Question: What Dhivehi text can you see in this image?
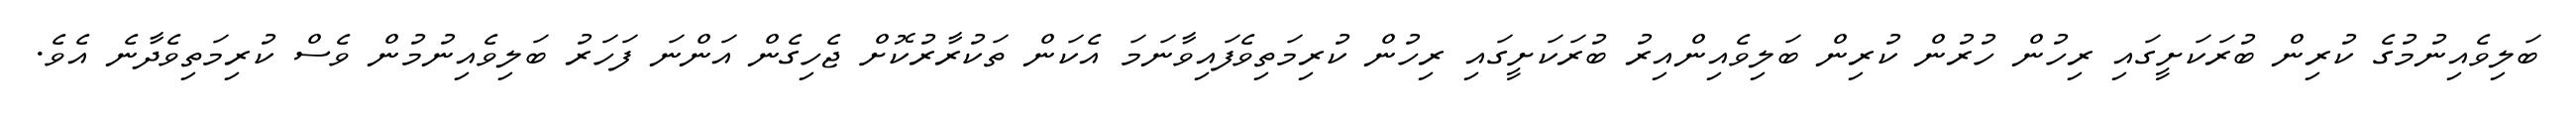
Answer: ބަލިވެއިނުމުގެ ކުރިން ބުރަކަށީގައި ރިހުން ހުރުން ކުރިން ބަލިވެއިންއިރު ބުރަކަށީގައި ރިހުން ކުރިމަތިވެފައިވާނަމަ އެކަން ތަކުރާރުކޮށް ޖެހިގެން އަންނަ ފަހަރު ބަލިވެއިނުމުން ވެސް ކުރިމަތިވެދާނެ އެވެ.